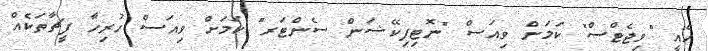
އެއީ "ވިޖެޓްސް" ކަމަށް ވިއަސް "ނޮޓިފިކޭޝަން ސެންޓަރ" ކަމަށް ވިއަސް ހުރިހާ ފީޗާތަކެއް